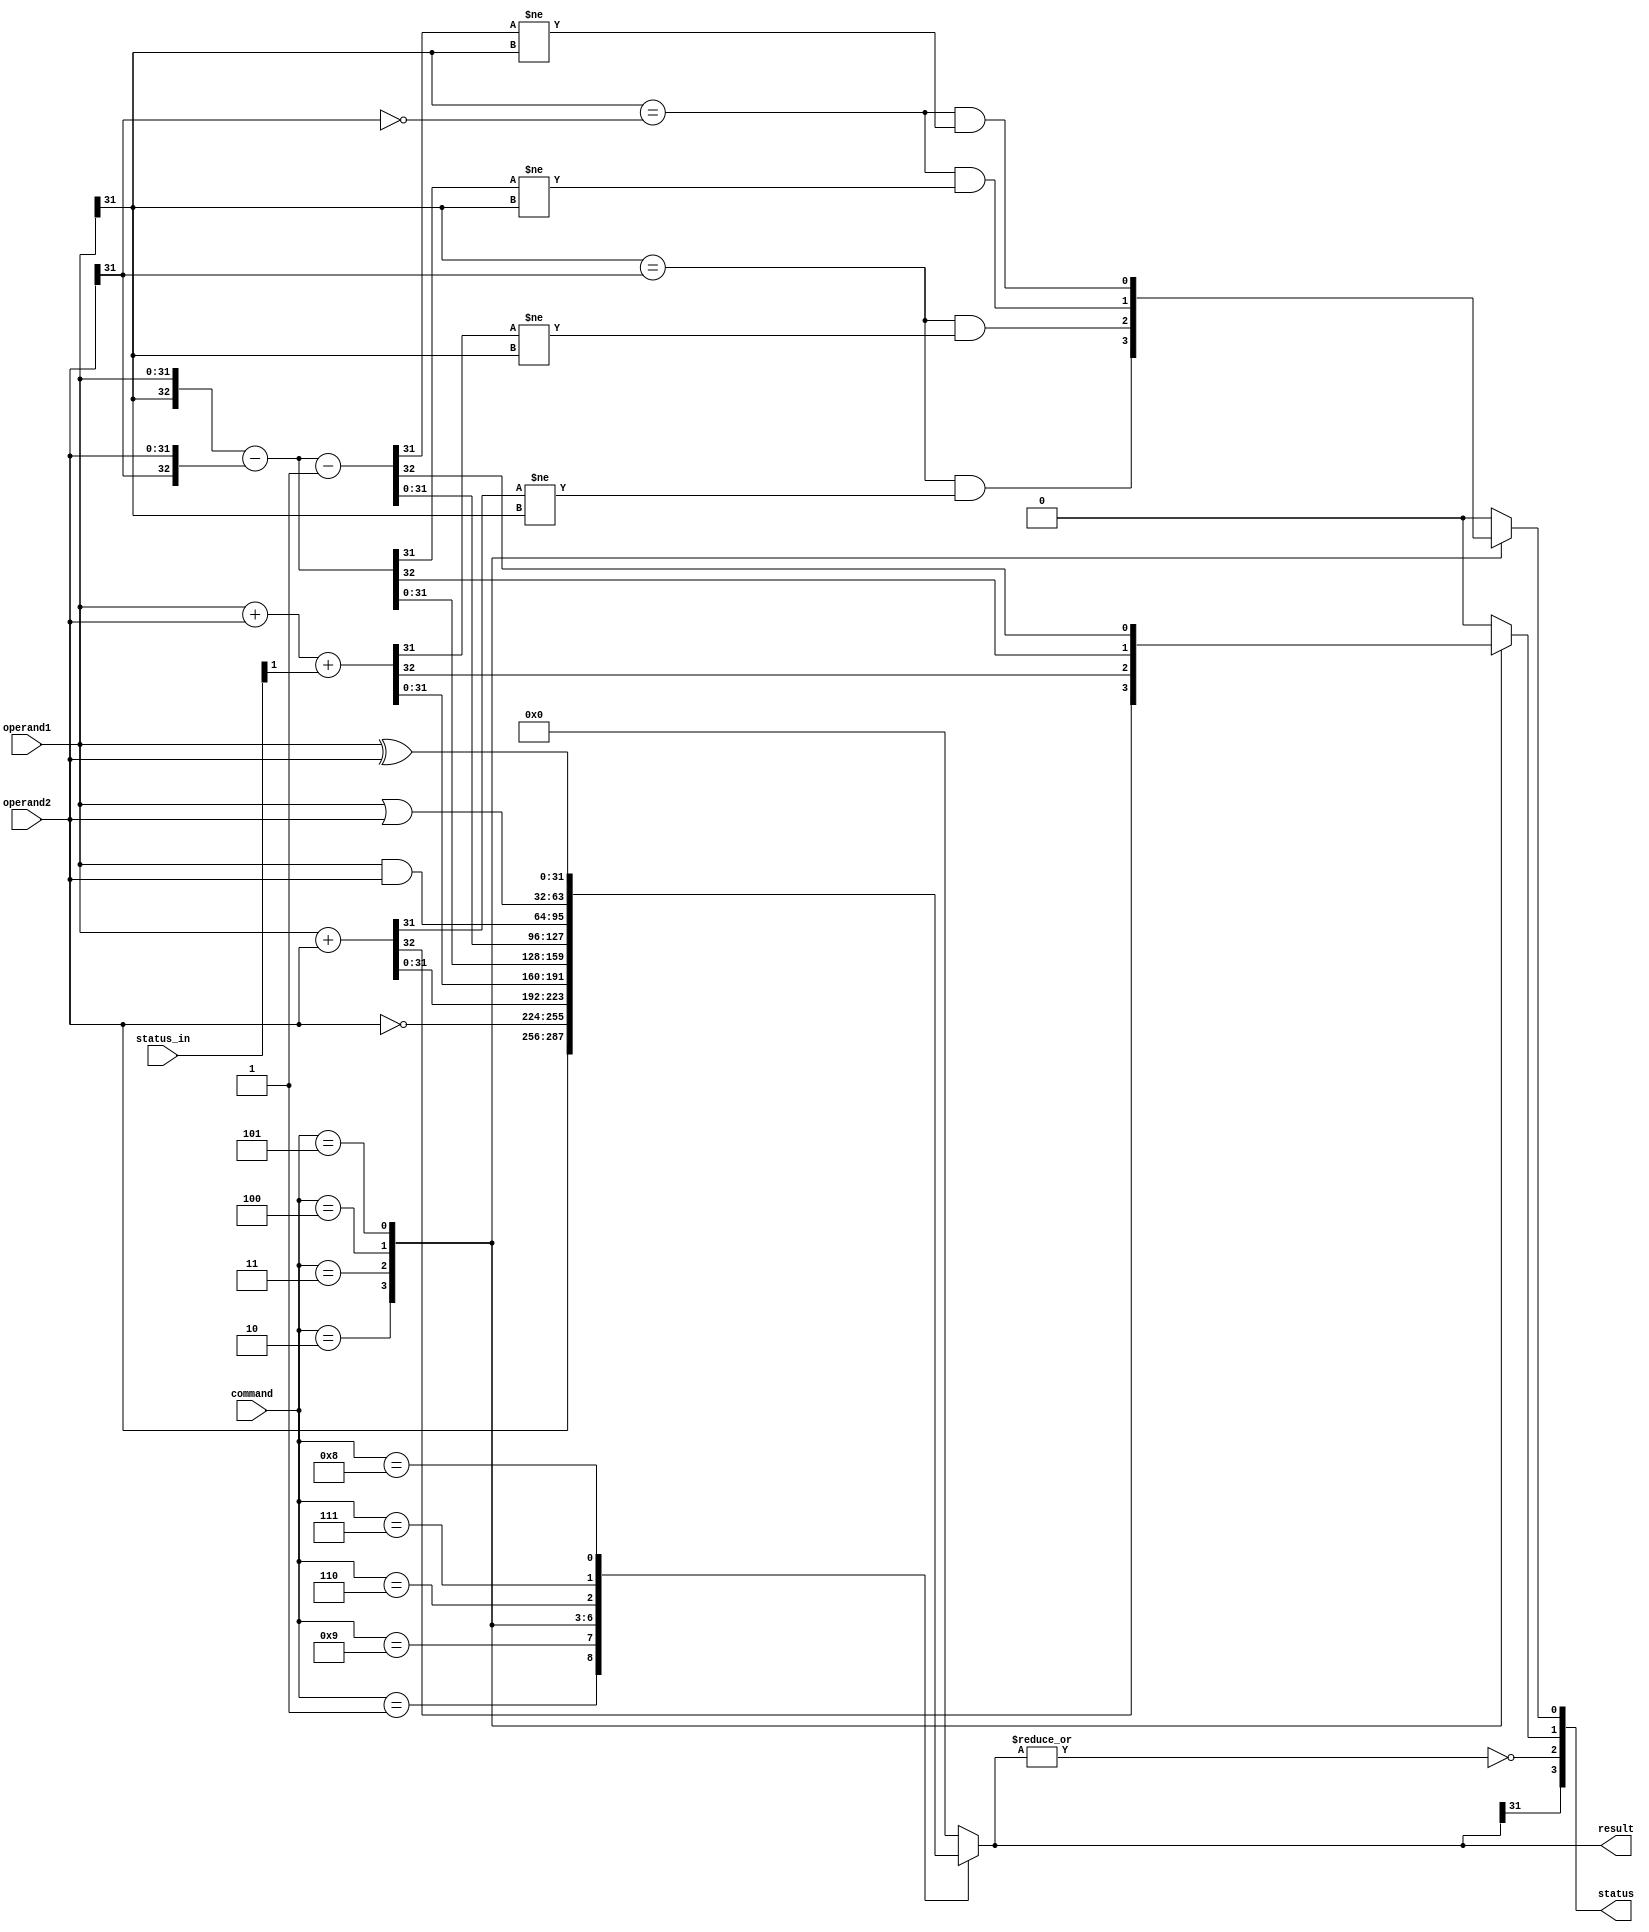
module ALU (input[3: 0] command, status_in, input signed[31: 0] operand1, operand2,
            output[3: 0] status, output reg[31: 0] result);

  reg c_flag, v_flag;

  wire z_flag, n_flag;
  assign z_flag = ~|result;
  assign n_flag = result[31];

  assign status = {n_flag, z_flag, c_flag, v_flag};

  always @ ( command, operand1, operand2 ) begin
    {result, c_flag, v_flag} = 0;
    case (command)

      4'b 0001: result = operand2 ; // MOV : Move

      4'b 1001: result = ~operand2; // MVN : BitWise Not and Move

      4'b 0010: begin   // ADD
                  {c_flag, result} = operand1 + operand2 ;
                  v_flag = ((operand1[31] == operand2[31])
                            & (result[31] != operand1[31]));
                end

      4'b 0011: begin   // ADC : Add with Carry
                  {c_flag, result} = operand1 + operand2 + status_in[1] ;
                  v_flag = ((operand1[31] == operand2[31])
                            & (result[31] != operand1[31]));
                  end

      4'b 0100: begin   // SUB : Subtraction
                  {c_flag, result} = {operand1[31], operand1} - {operand2[31], operand2};
                  v_flag = ((operand1[31] == ~operand2[31])
                            & (result[31] != operand1[31]));
                end

      4'b 0101: begin   // SBC : Subtraction with Carry
                  {c_flag, result} = {operand1[31], operand1} - {operand2[31], operand2} - 33'd1;
                  v_flag = ((operand1[31] == ~operand2[31])
                            & (result[31] != operand1[31]));
                end

      4'b 0110: result = operand1 & operand2;     // AND : And

      4'b 0111: result = operand1 | operand2;     // ORR : Or

      4'b 1000: result = operand1 ^ operand2;     // EOR : Exlusive OR

      default: ;
    endcase
  end

endmodule // ALU